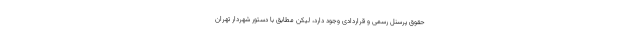
حقوق پرسنل رسمی و قراردادی وجود دارد، لیکن مطابق با دستور شهردار تهران